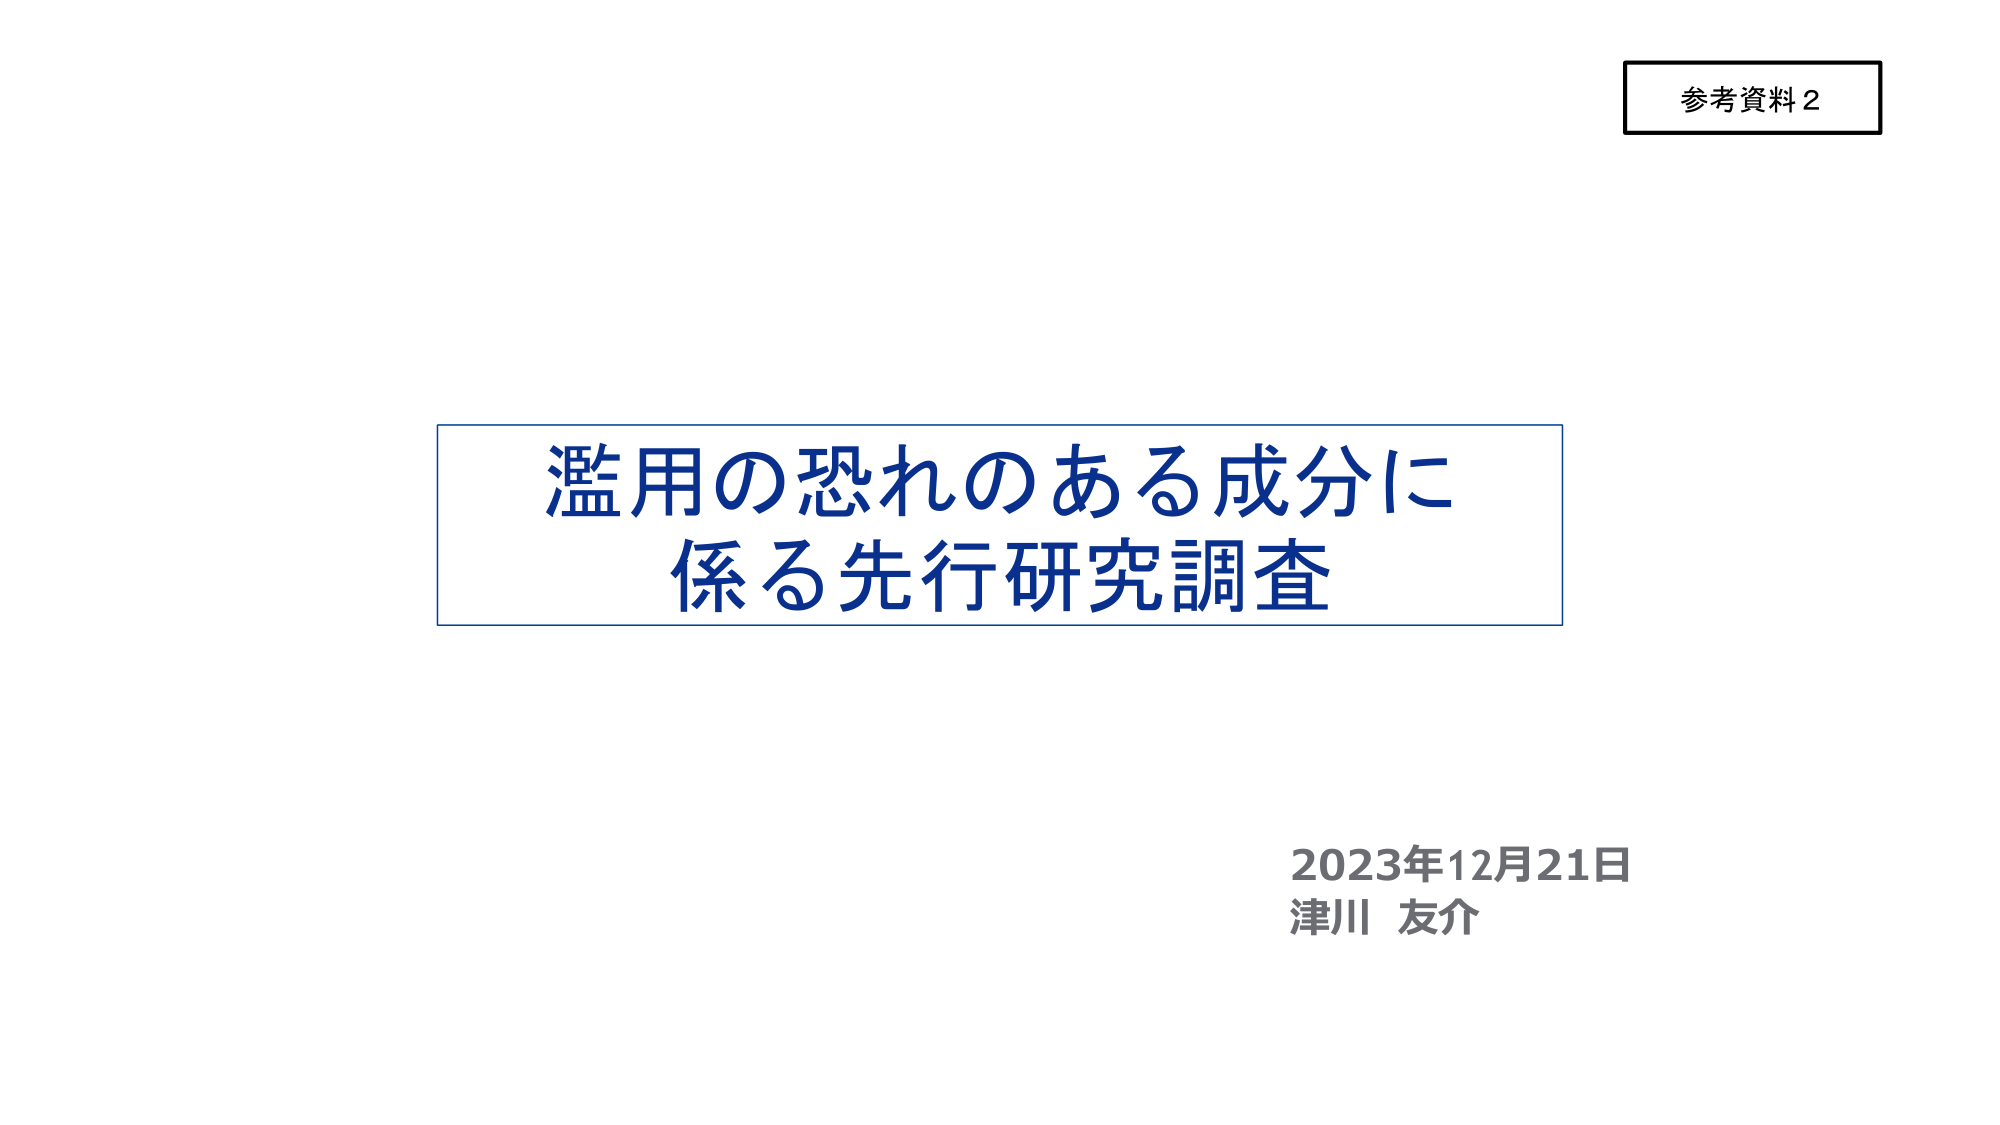
参考資料２

濫用の恐れのある成分に
係る先行研究調査

2023年12月21日
津川 友介